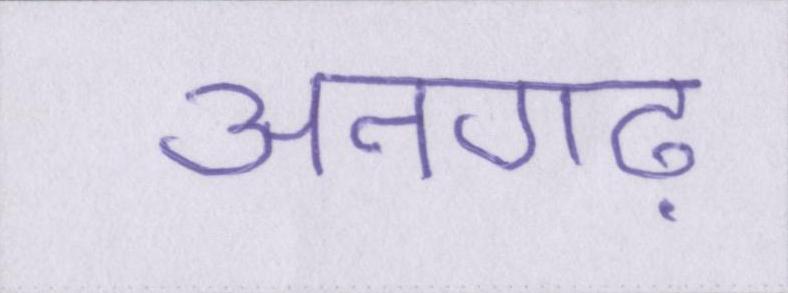
अनगढ़